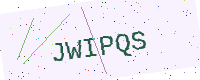
Text: JWIPQS